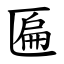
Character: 匾